Annual report on the working of the mental hospitals in the Madras Presidency - 1912-1932
Year: 1912
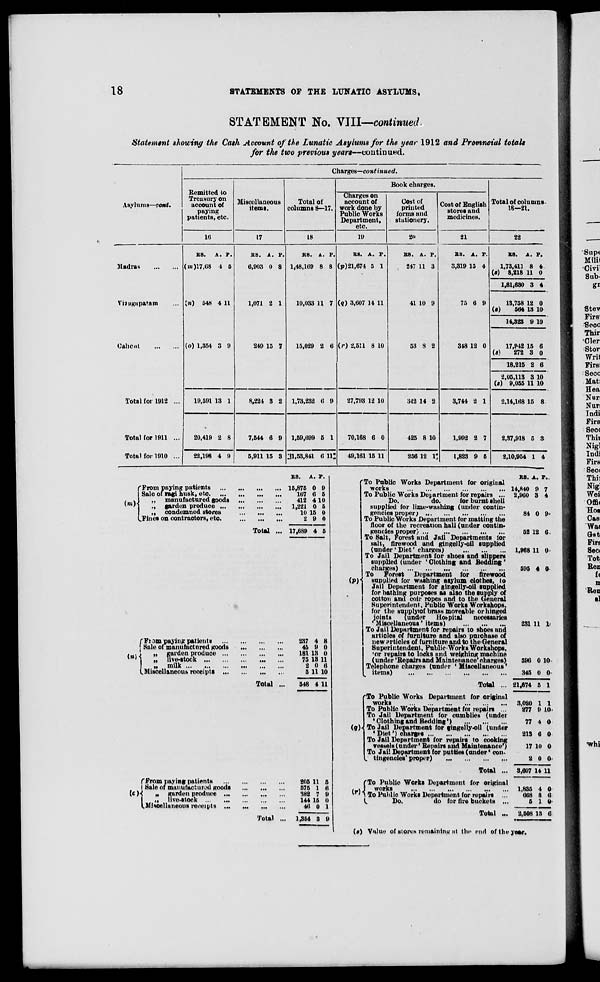
18
STATEMENTS OP THE LUNATIC ASYLUMS,
STATEMENT No. VIII—continued
Statement showing the Cash Account of the Lunatic Asylums for the year 1912 and Provincial totals
for the two previous years—continued.
Charges—continued.
Remitted to
Treasury on
account of
paying
patients, etc.
Miscellaneous
items.
Total of
columns 8—17.
Book charges.
Asylums—cont.
Charges on
account of
work done by
Public Works
Department,
etc.
Cost of
printed
forms and
stationery.
Cost of English
stores and
medicines.
Total of columns.
18—21.
10
17
18
19
2(>
21
22
Madras
RS.
A. F.
(»>)17,C8 4 6
[n) 548 4 11
(o) 1,354 3 9
RS. A. P.
6,903 0 8
1,071 2 1
249 15 7
R8. A. P.
1,48,169 8 8
10,033 11 7
15,029 2 6
RS. A. P.
(p) 21,674 5 1
(q) 3,607 14 11
(»•) 2,511 8 10
R8. A. P.
247 11 3
41 10 9
53 8 2
RS. A. P.
3,319 15 4
75 6 9
348 12 0
BB. A. P.
1,73,411 8 4
(«) 8,218 11 0
1,81*680 3 4
Viaugupatam
13,758 12 0
(•)
564 13 10
14,323 9 10
Calient
17,942 15 6
(a)
272 3 0
18,215 2 6
2,05,113 3 10
(<) 9,055 11 10
Total for 1912 ...
19,591 13 1
8,224 3 2
1,73,232 0 9
27,793 12 10
342 14 2
3,744 SI 1
2,14,168 15 8
Total for 1911 ...
20,419 2 8
7,644 6 9 1,59,699 5 1
70,168 6 0
425 8 10
1,992 2 7
2,37,918 5 3
Total for 1910 ...
22,198 4 9
5,911 15 3 I!l,53,841 6 111
49,161 15 11
256 12 1*
1,823 9 5
2,10,954 1 4
(Prom paying patients
I Sale of ragi husk, etc. ...
, A
,, manufactured goods
* ' 1
•. garden produce ...
]
„ condemned stores
UFines on contractors, etc
Total
RS. A. P.
.. 15,875 0 9
167 6 5
412 4 10
.. 1,221 0 5
10 15 0
2 9 0
... 17,689 4 5
rFtom paying patients
Sain of manufactured goods
. \
„ garden produce ...
*' |
„ live-stock
„ milk
(.Miscellaneous receipts ...
Total
f From paying patients
I Sale of manufactured goods
UK
„ garden produce ...
I
|| live-stock
I.Miscellaneous receipts ...
Total
237 4 8
46 9 0
181 18 0
75 13 11
2 0 6
5 11 10
548 4 11
205 11 5
575 1 6
382 7 9
144 15 0
46 0 1
1,354 3 9
'To Public Works Department for original
works
To Public Works Department for repairs ...
Do.
do.
for burnt shell
supplied for lime-washing (under contin-
gencies proper;
To Public Works Department for matting the
floor of the recreation hall (under contin-
gencies proper)
To Salt, Forest and Jail Departments for
salt, firewood and gingelly-oil supplied
(under' Diet' charges)
To Jail Department for shoes and slippers
supplied (under 'Clothing and Bedding'
charges)
To Forest Department for firewood
(p)-\ supplied for washing asylum clothes, to
Jail Department for gingelly-oil supplied
for bathing purposes as also the supply of
cotton and coir ropes and to the General
Superintendent, Public Works Workshops,
for the supplyiof brass moveable or hinged
joints
(under Hospital necessaries
' Miscellaneous ' items)
To Jail Department for repairs to shoes and
articles of furniture and also purchase of
new i'l'tieles of furniture and to the General
Superintendent, Public Works Workshops,
'or repairs to looks and weighing machine
(under 'Repairs and Maintenance' charges)
Telephone charges (under 'Miscellaneous*
items)
R8. A. P..
14,840 9
2,960 3
P
84 0 9
52 12 6.
1,968 11 0
595 4 0
Total
fTo Public Works Department for original
works
To Public Works Department foi repairs ...
To Jail Department for oumblies (under
'Clothingand Bedding')
(q)-(ToJail Department for gingelly-oil (under
' Diet') charges
To Jail Department for repairs to cooking
ressels (under* Repairs and Maintenance')
To Jail Department for putties (under' con-
, tiiigencles'proper)
Total ...
'To Public Works Department for original
/ \ J works
* '" To Public Works Department for repairs ...
L
Do.
do for lire buckets ...
Total ...
231 11 1.
596 0 10
345 0 0*
21,674 5 1
3,020
277
1 1
9 10'
77 4 0
21S 6 0
17 10 0
2 0 0
3,607 14 11
1,835
668
5
4
8
1
0
6
0
2,508 13 6
(«) Value of stores remaining at the end of the year.